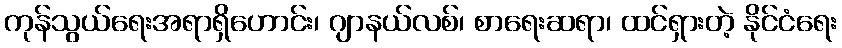
ကုန်သွယ်ရေးအရာရှိဟောင်း၊ ဂျာနယ်လစ်၊ စာရေးဆရာ၊ ထင်ရှားတဲ့ နိုင်ငံရေး